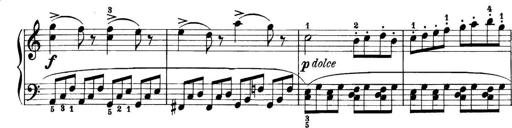
Title: 11 Sonatinas
Composer: Anton Diabelli